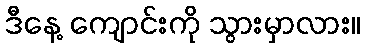
ဒီနေ့ ကျောင်းကို သွားမှာလား။